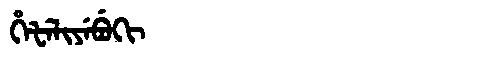
Manchu: ᡥᡝᡶᡝᠯᡳᠶᡝᠪᡠᡴᡳ
Romanization: HEFELIYEBUKI